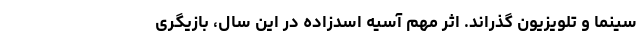
سینما و تلویزیون گذراند. اثر مهم آسیه اسدزاده در این سال، بازیگری